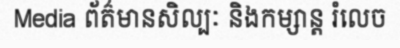
Media ព័ត៌មានសិល្បៈ និងកម្សាន្ត រំលេច